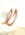
لا